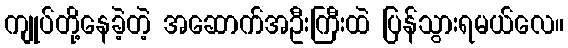
ကျုပ်တို့နေခဲ့တဲ့ အဆောက်အဦးကြီးထဲ ပြန်သွားရမယ်လေ။